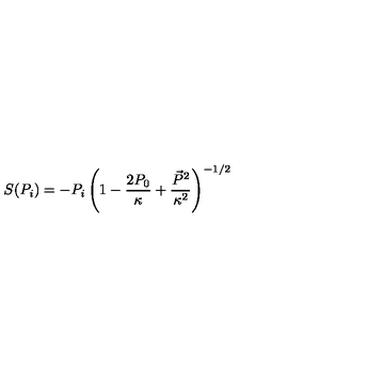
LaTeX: S ( P _ { i } ) = - P _ { i } \left( 1 - \frac { 2 P _ { 0 } } { \kappa } + \frac { \vec { P } ^ { 2 } } { \kappa ^ { 2 } } \right) ^ { - 1 / 2 }